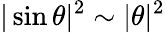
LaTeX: |\sin\theta|^{2}\sim|\theta|^{2}